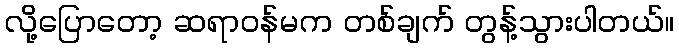
လို့ပြောတော့ ဆရာဝန်မက တစ်ချက် တွန့်သွားပါတယ်။